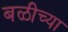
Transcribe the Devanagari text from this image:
बळीच्या